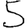
Digit: 5